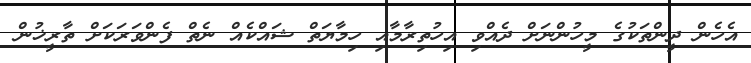
އެހެން ދީންތަކުގެ މީހުންނަށް ދެއްވި އިހުތިރާމާއި ހިމާޔަތް ޝައްކެއް ނެތް ފެންވަރަކަށް ތާރީޚުން